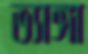
ভ্যাঙ্গা